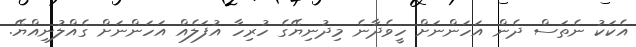
އެކަކު ނެތަސް ދެން އަހަންނަށް ހީވެދާނެ މިދުނިޔޭގެ ހުރިހާ އުފަލެއް އަހަންނަށް ގެއްލުނިއްޔޭ.